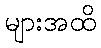
များအထိ